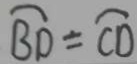
\widehat { B D } = \widehat { C D }